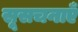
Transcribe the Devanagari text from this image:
सूसचनाएँ